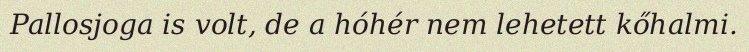
Pallosjoga is volt, de a hóhér nem lehetett kőhalmi.